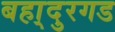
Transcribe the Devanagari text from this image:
बहा्दुरगड